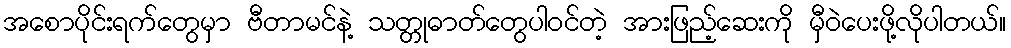
အစောပိုင်းရက်တွေမှာ ဗီတာမင်နဲ့ သတ္တုဓာတ်တွေပါဝင်တဲ့ အားဖြည့်ဆေးကို မှီဝဲပေးဖို့လိုပါတယ်။